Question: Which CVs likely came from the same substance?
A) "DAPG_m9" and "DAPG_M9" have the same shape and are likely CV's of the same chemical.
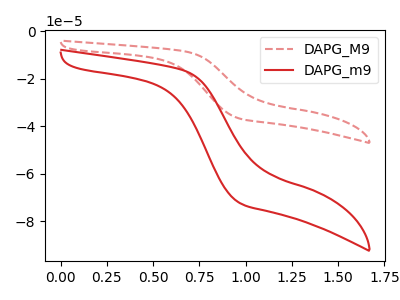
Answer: <think>The red dashed curve "DAPG_M9" has no peaks. The red curve "DAPG_m9" has no peaks.
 Neither "DAPG_M9" or "DAPG_m9" have any peaks.</think>
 <answer>A) "DAPG_m9" and "DAPG_M9" have the same shape and are likely CV's of the same chemical.</answer>
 <eval>A</eval>